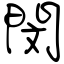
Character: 閔